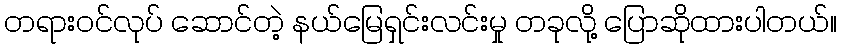
တရားဝင်လုပ် ဆောင်တဲ့ နယ်မြေရှင်းလင်းမှု တခုလို့ ပြောဆိုထားပါတယ်။